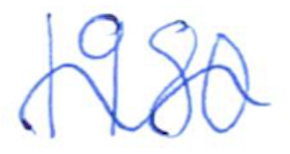
Text: 1980
Cross-out: wave
Writing tool: ballpoint